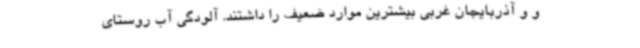
و و آذربایجان غربی بیشترین موارد ضعیف را داشتند. آلودگی آب روستای